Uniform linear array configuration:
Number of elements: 8
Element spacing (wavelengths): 0.5
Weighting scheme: blackman
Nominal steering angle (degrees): -30
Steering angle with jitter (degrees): -30.768
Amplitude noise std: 0.05
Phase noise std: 0.05

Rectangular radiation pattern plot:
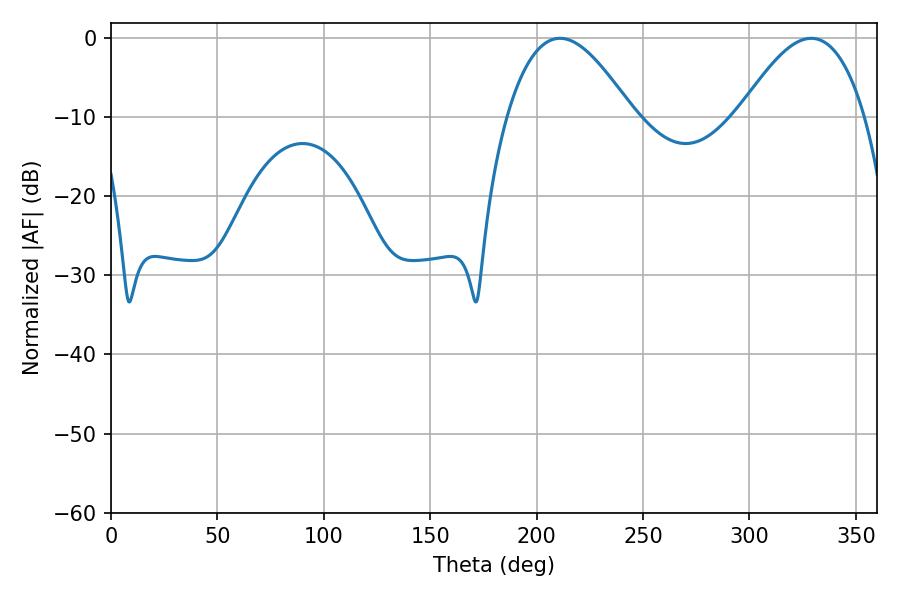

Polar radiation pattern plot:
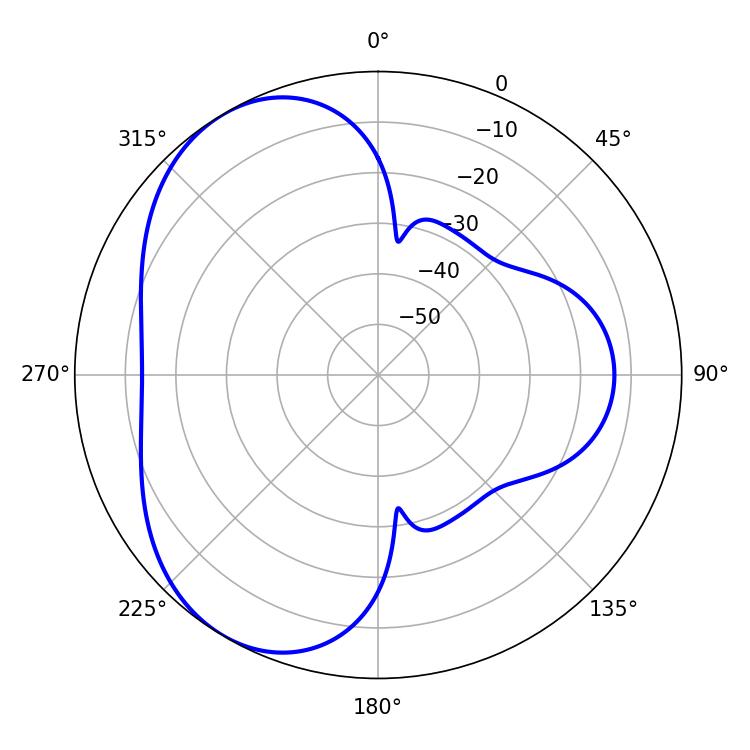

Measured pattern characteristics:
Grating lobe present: FALSE
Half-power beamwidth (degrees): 32.22
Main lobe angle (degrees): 210.96